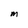
Character: M